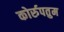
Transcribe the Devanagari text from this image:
कोर्रुपतुम